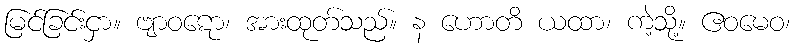
မြင်ခြင်းငှာ။ ဗျာဝဋော၊ အားထုတ်သည်။ န ဟောတိ ယထာ၊ ကဲ့သို့။ ဧဝမေဝ၊